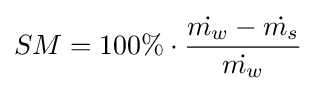
SM=100\%\cdot {\frac {{\dot {m_{w}}}-{\dot {m_{s}}}}{\dot {m_{w}}}}